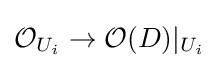
{\mathcal {O}}_{U_{i}}\to {\mathcal {O}}(D)|_{U_{i}}